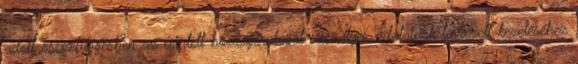
adott összefüggésben az érintett hozzájárulását személyes adatainak tervezett kezeléséhez